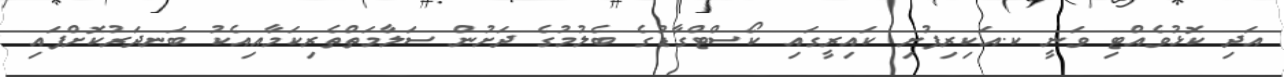
އަދި ކޮޅުވެއްޓި ވަނީ ކ.އަކިރިފުށި ކައިރީގައި ކޯސްޓްގާޑުގެ ބެލުމުގެ ދަށުން ސަލާމަތްތެރިކަމާއިއެކު ބަނދަރުކޮށްފައި